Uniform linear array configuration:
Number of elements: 8
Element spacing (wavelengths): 1
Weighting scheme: binomial
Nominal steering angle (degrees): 45
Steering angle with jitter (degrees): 44.173
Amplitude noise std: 0.05
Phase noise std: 0.05

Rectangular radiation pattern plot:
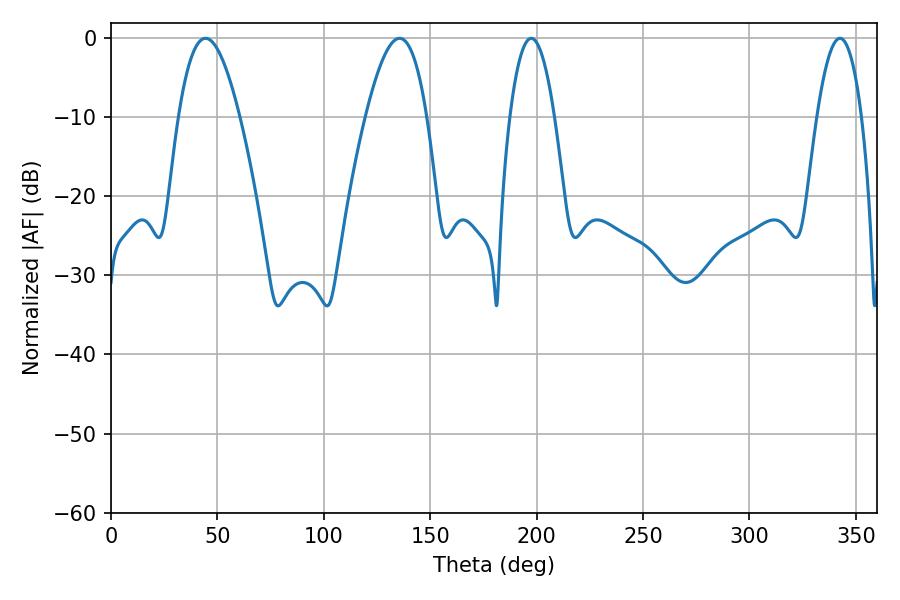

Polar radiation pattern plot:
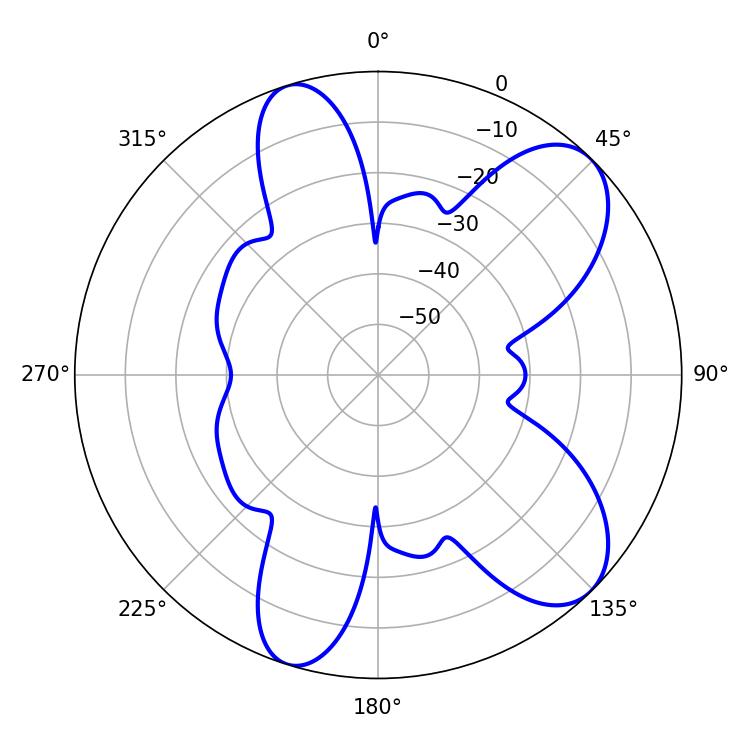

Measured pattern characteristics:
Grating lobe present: TRUE
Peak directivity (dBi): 8.496
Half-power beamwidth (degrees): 11.52
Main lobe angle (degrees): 197.46